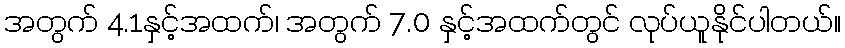
အတွက် 4.1နှင့်အထက်၊ အတွက် 7.0 နှင့်အထက်တွင် လုပ်ယူနိုင်ပါတယ်။